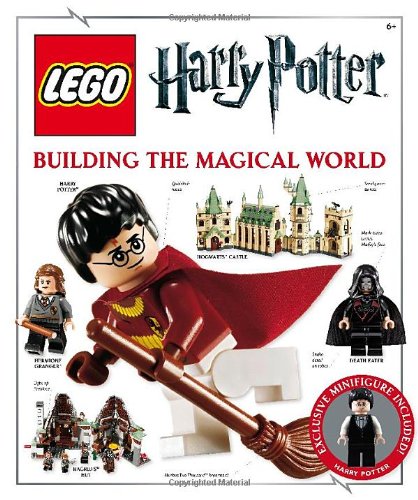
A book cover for LEGO Harry Potter: Building the Magical World; Elizabeth Dowsett; Crafts, Hobbies & Home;